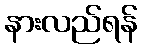
နားလည်ရန်